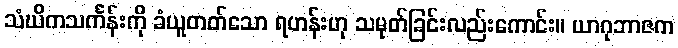
သံဃိကသင်္ကန်းကို ခံယူတတ်သော ရဟန်းဟု သမုတ်ခြင်းလည်းကောင်း။ ယာဂုဘာဇက